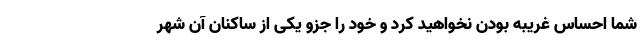
شما احساس غریبه بودن نخواهید کرد و خود را جزو یکی از ساکنان آن شهر